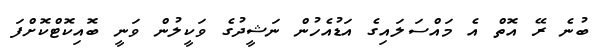
ބުނެ ރޭ އޮތް އެ މައްސަލައިގެ އަޑުއެހުން ނަޝީދުގެ ވަކީލުން ވަނީ ބޮއިކޮޓްކޮށްފަ